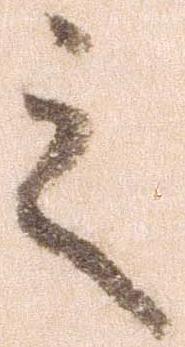
之